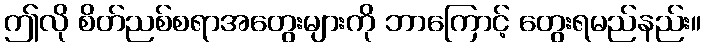
ဤလို စိတ်ညစ်စရာအတွေးများကို ဘာကြောင့် တွေးရမည်နည်း။